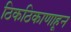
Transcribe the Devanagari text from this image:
ठिकठिकाणाहून